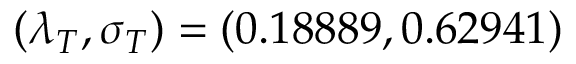
( \lambda _ { T } , \sigma _ { T } ) = ( 0 . 1 8 8 8 9 , 0 . 6 2 9 4 1 )